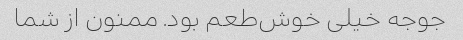
جوجه خیلی خوش‌طعم بود. ممنون از شما